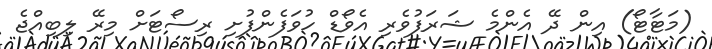
(މަޓާޓޯ) އިން ދޭ އެންމެ ޝަރަފުވެރި އެވޯޑް ހުވަފެންފުށި ރިސޯޓަށް މިރޭ ލިބިއްޖެ